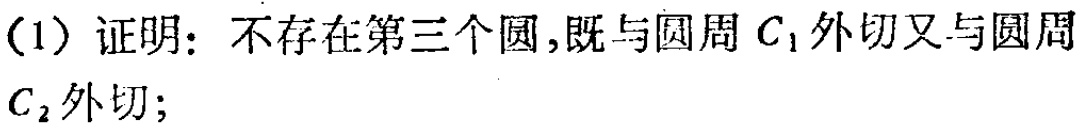
(1) 证明：不存在第三个圆，既与圆周 \(C_{1}\) 外切又与圆周 \(C_{2}\) 外切；